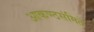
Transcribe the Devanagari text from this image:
आकण्ठसंमिते